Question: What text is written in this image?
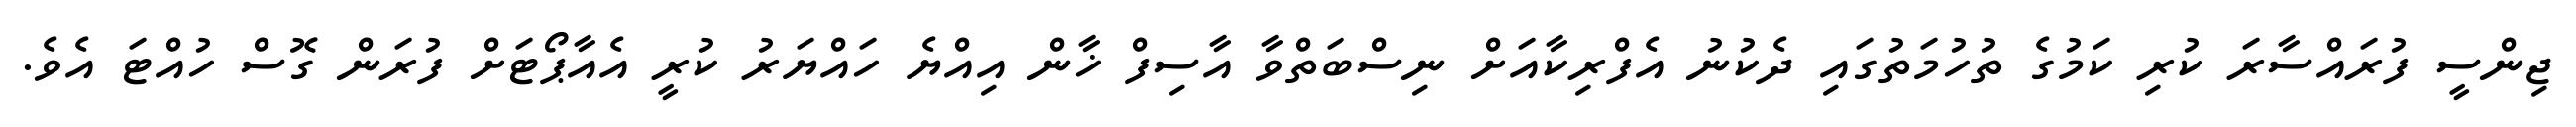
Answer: ޖިންސީ ފުރައްސާރަ ކުރި ކަމުގެ ތުހުމަތުގައި ދެކުނު އެފްރިކާއަށް ނިސްބަތްވާ އާސިފް ޚާން އިއްޔެ ހައްޔަރު ކުރީ އެއާޕޯޓަށް ފުރަން ގޮސް ހުއްޓަ އެވެ.